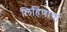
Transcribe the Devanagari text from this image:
लिहिणार्या